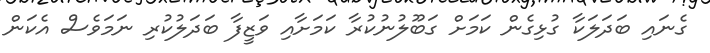
ގެނައި ބަދަލަކާ ގުޅިގެން ކަމަށް ގަބޫލުނުކުރާ ކަމަށާއި ވަޒީފާ ބަދަލުކުރި ނަމަވެސް އެކަން